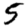
Digit: 5